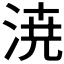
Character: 𣷝